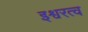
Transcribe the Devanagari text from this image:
इश्वरत्व